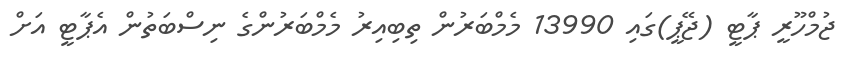
ޖުމްހޫރީ ޕާޓީ (ޖޭޕީ)ގައި 13990 މެމްބަރުން ތިބިއިރު މެމްބަރުންގެ ނިސްބަތުން އެޕާޓީ އަށް